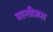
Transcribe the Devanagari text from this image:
बल्तीजस